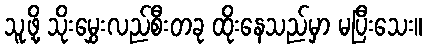
သူ့ဖို့ သိုးမွှေးလည်စီးတခု ထိုးနေသည်မှာ မပြီးသေး။